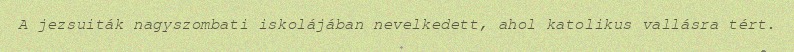
A jezsuiták nagyszombati iskolájában nevelkedett, ahol katolikus vallásra tért.